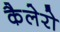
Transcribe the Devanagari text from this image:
कैलेरो